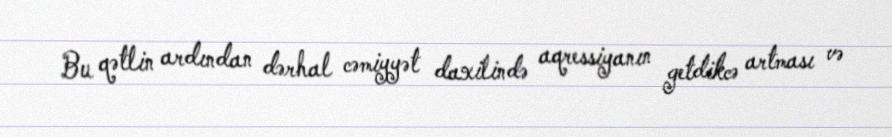
Bu qətlin ardından dərhal cəmiyyət daxilində aqressiyanın getdikcə artması və